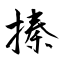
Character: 搸